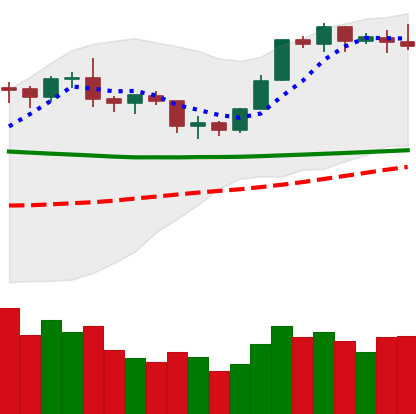
Ticker: BTC-USD
Chart end date: 2020-02-03
Forward return: 6.15%
Label: up_5_7